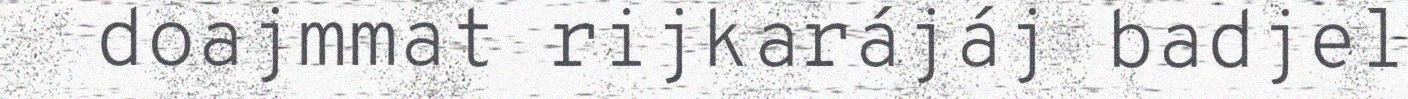
doajmmat rijkarájáj badjel